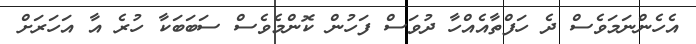
އެހެންނަމަވެސް ދެ ހަފްތާއެއްހާ ދުވަސް ފަހުން ކޮންމެވެސް ސަބަބަކާ ހުރެ އާ އަހަރަށް